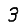
Digit: 3